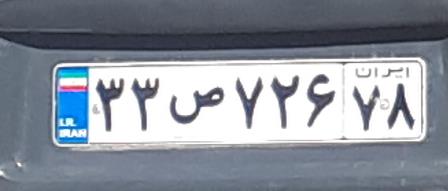
۳۳ص۷۲۶۷۸